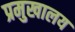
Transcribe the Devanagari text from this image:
प्रमुखालय